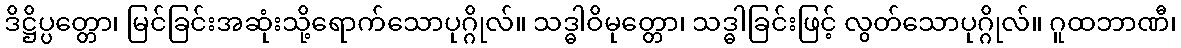
ဒိဋ္ဌိပ္ပတ္တော၊ မြင်ခြင်းအဆုံးသို့ရောက်သောပုဂ္ဂိုလ်။ သဒ္ဓါဝိမုတ္တော၊ သဒ္ဓါခြင်းဖြင့် လွတ်သောပုဂ္ဂိုလ်။ ဂူထဘာဏီ၊